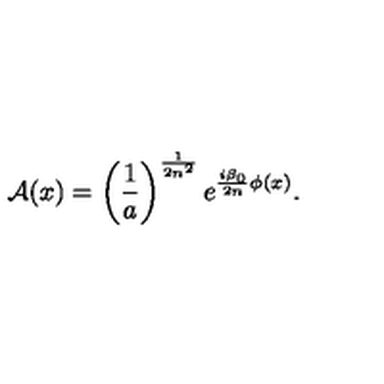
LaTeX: { \cal A } ( x ) = \left( \frac { 1 } { a } \right) ^ { \frac { 1 } { 2 n ^ { 2 } } } e ^ { \frac { i \beta _ { 0 } } { 2 n } \phi ( x ) } .